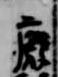
廃